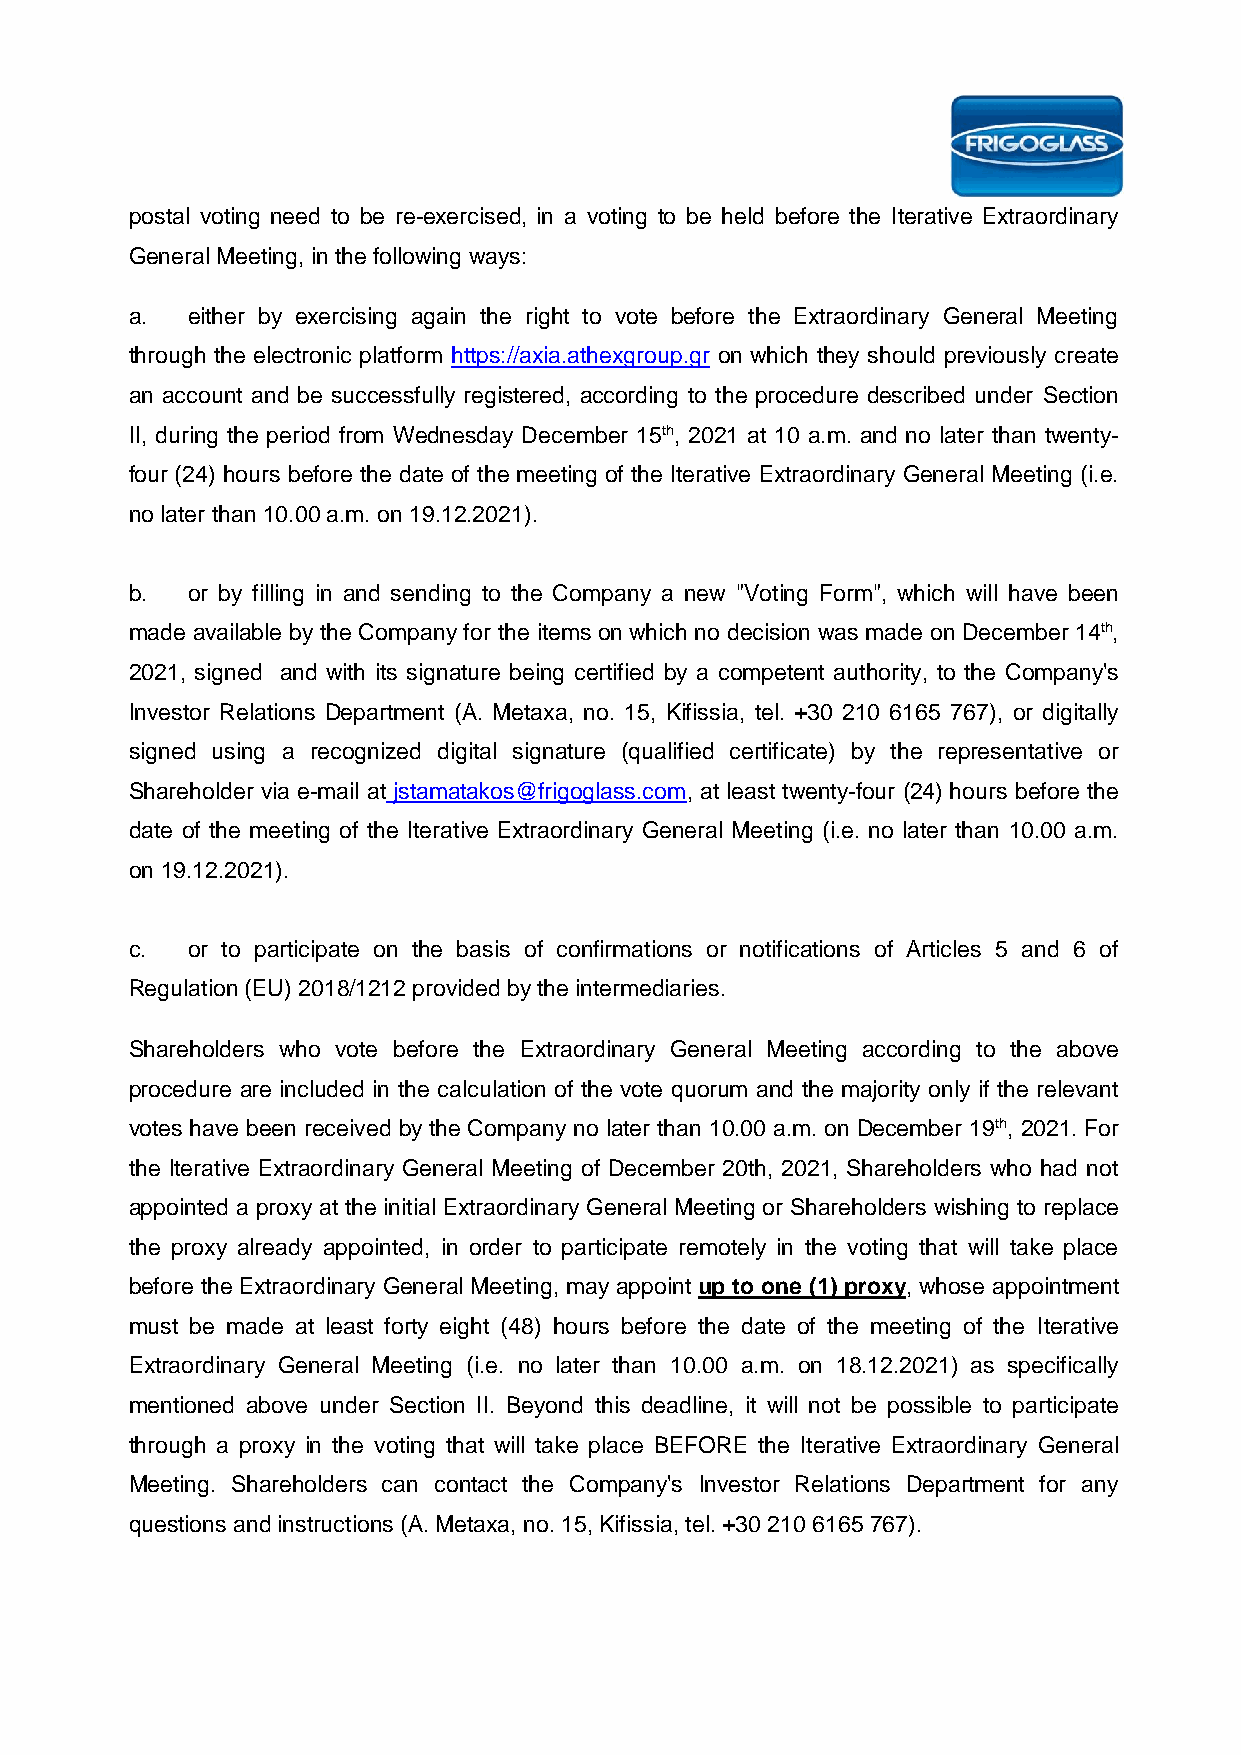
postal voting need to be re-exercised, in a voting to be held before the Iterative Extraordinary
 General Meeting, in the following ways:
 a. either by exercising again the right to vote before the Extraordinary General Meeting
 through the electronic platform https://axia.athexgroup.gr on which they should previously create
 an account and be successfully registered, according to the procedure described under Section
 II, during the period from Wednesday December 15th, 2021 at 10 a.m. and no later than twenty-
 four (24) hours before the date of the meeting of the Iterative Extraordinary General Meeting (i.e.
 no later than 10.00 a.m. on 19.12.2021).
 b. or by filling in and sending to the Company a new "Voting Form", which will have been
 made available by the Company for the items on which no decision was made on December 14th,
 2021, signed and with its signature being certified by a competent authority, to the Company's
 Investor Relations Department (A. Metaxa, no. 15, Kifissia, tel. +30 210 6165 767), or digitally
 signed using a recognized digital signature (qualified certificate) by the representative or
 Shareholder via e-mail at jstamatakos@frigoglass.com, at least twenty-four (24) hours before the
 date of the meeting of the Iterative Extraordinary General Meeting (i.e. no later than 10.00 a.m.
 on 19.12.2021).
 c. or to participate on the basis of confirmations or notifications of Articles 5 and 6 of
 Regulation (EU) 2018/1212 provided by the intermediaries.
 Shareholders who vote before the Extraordinary General Meeting according to the above
 procedure are included in the calculation of the vote quorum and the majority only if the relevant
 votes have been received by the Company no later than 10.00 a.m. on December 19th, 2021. For
 the Iterative Extraordinary General Meeting of December 20th, 2021, Shareholders who had not
 appointed a proxy at the initial Extraordinary General Meeting or Shareholders wishing to replace
 the proxy already appointed, in order to participate remotely in the voting that will take place
 before the Extraordinary General Meeting, may appoint up to one (1) proxy, whose appointment
 must be made at least forty eight (48) hours before the date of the meeting of the Iterative
 Extraordinary General Meeting (i.e. no later than 10.00 a.m. on 18.12.2021) as specifically
 mentioned above under Section II. Beyond this deadline, it will not be possible to participate
 through a proxy in the voting that will take place BEFORE the Iterative Extraordinary General
 Meeting. Shareholders can contact the Company's Investor Relations Department for any
 questions and instructions (A. Metaxa, no. 15, Kifissia, tel. +30 210 6165 767).